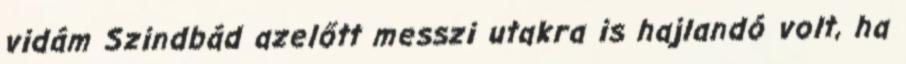
vidám Szindbád azelőtt messzi utakra is hajlandó volt, ha